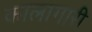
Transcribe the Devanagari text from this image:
कालागारी